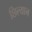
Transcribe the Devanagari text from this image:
छिल्यान